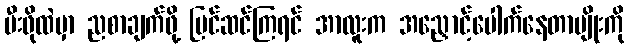
မီးဖိုထဲမှာ ညစာချက်ဖို့ ပြင်ဆင်ကြရင် အာလူးက အညှောင့်ပေါက်နေတာမျိုးကို